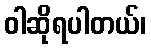
ဝါဆိုရပါတယ်၊